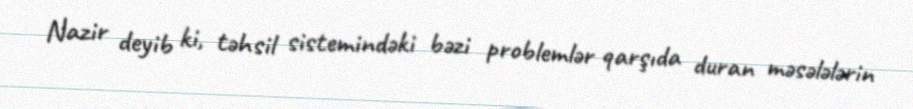
Nazir deyib ki, təhsil sistemindəki bəzi problemlər qarşıda duran məsələlərin